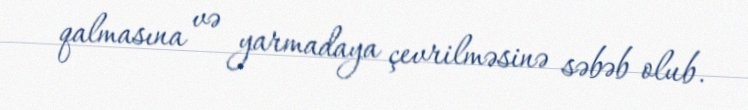
qalmasına və yarmadaya çevrilməsinə səbəb olub.